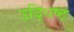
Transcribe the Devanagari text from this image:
उद्धिष्ट